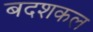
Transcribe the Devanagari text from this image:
बदशकल